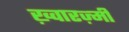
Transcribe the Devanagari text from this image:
ख़्वारज़्मी